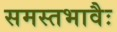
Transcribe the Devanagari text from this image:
समस्तभावैः